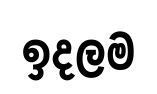
ඉදලම